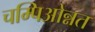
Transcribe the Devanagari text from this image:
चम्पिओन्नत